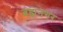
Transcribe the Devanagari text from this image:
ब्रह्मनगर